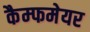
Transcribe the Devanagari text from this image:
कैम्फमेयर